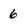
Character: 6